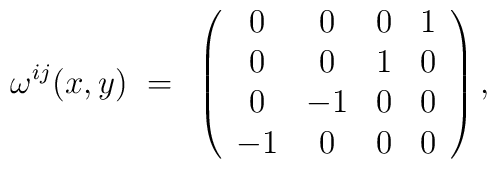
\omega^{ij} (x,y) ~=~                \left( \begin{array}{cccc}                        0       &  0  &  0  &  1    \\                        0       &  0  &  1  &  0    \\                        0       & -1  &  0  &  0    \\                   -1   &  0  &  0  &  0           \end{array}   \right)   ,